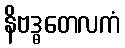
နိဗဒ္ဓတေလကံ